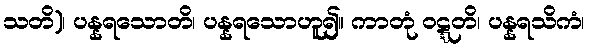
သတိ)၊ ပန္နရသောတိ၊ ပန္နရသောဟူ၍။ ကာတုံ ဝဋ္ဋတိ၊ ပန္နရသိကံ၊